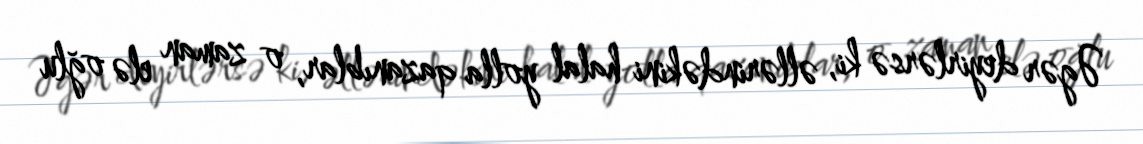
Əgər deyirlərsə ki, əllərindəkini halal yolla qazanıblar, o zaman elə oğlu